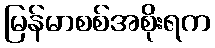
မြန်မာစစ်အစိုးရက